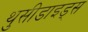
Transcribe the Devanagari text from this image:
थुसीडाइड्स